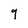
Character: 9